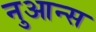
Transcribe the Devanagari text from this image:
नुआन्स